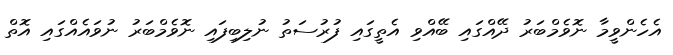
އެހެންވީމާ ނޮވެމްބަރު ދޭއްގައި ބޭއްވި އެތީގައި ފުރުސަތު ނުލިބިފައި ނޮވެމްބަރު ނުވައެއްގައި އޮތް